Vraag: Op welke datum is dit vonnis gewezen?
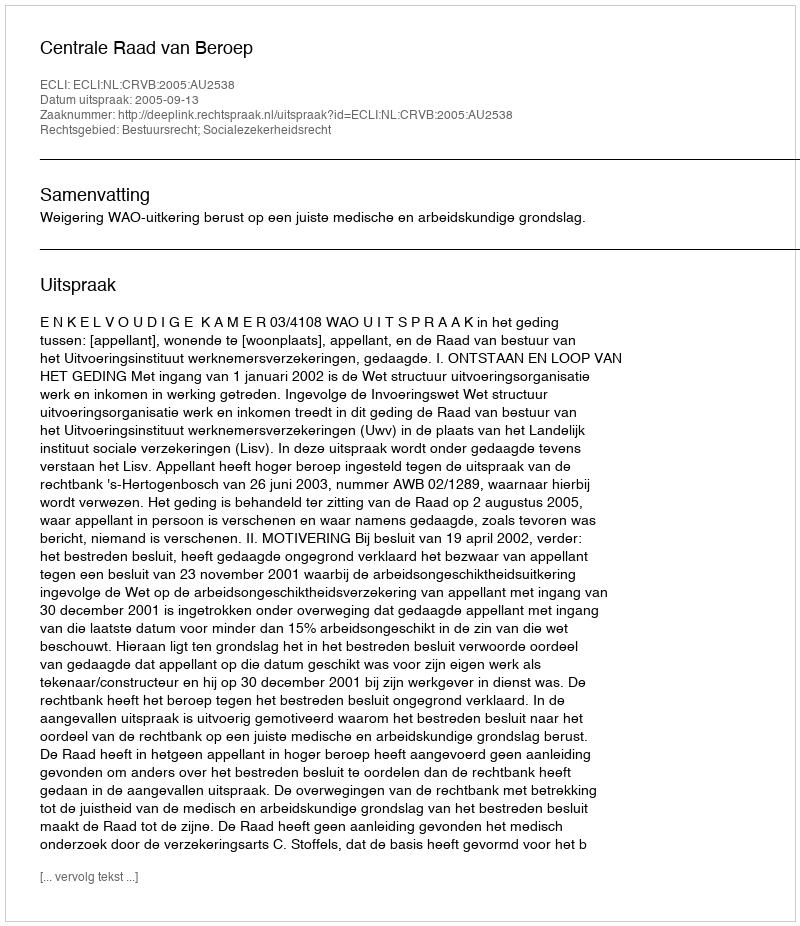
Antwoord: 2005-09-13